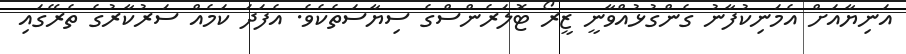
އަނިޔާއަށް އެމަނިކުފާނު ގެންގުޅުއްވާނީ ޒީރޯ ޓޮލަރެންސްގެ ސިޔާސަތެކެވެ. އެފަދަ ކަމެއް ސަރުކާރުގެ ތެރޭގައި